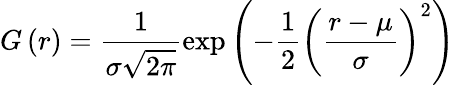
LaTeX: G\left(r\right)=\frac{1}{\sigma\sqrt{2\pi}}\exp\left(-{\frac{1}{2}}\left(\frac{r-\mu}{\sigma}\right)^{2}\right)